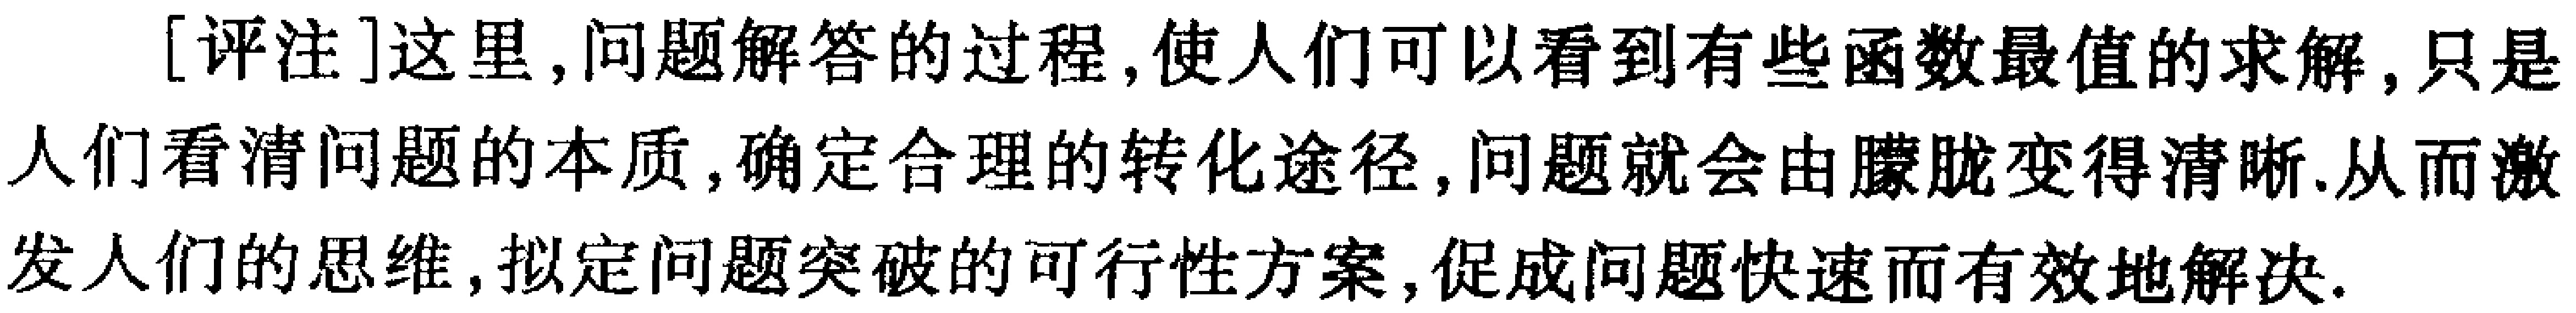
[评注]这里,问题解答的过程,使人们可以看到有些函数最值的求解,只是人们看清问题的本质,确定合理的转化途径,问题就会由朦胧变得清晰.从而激发人们的思维,拟定问题突破的可行性方案,促成问题快速而有效地解决.